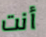
أنت